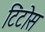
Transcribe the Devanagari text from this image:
टिंटोस